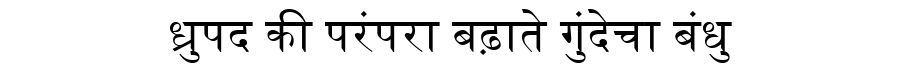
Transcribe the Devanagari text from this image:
ध्रुपद की परंपरा बढ़ाते गुंदेचा बंधु